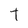
Character: t